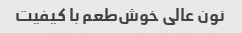
نون عالی خوش‌طعم با کیفیت